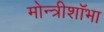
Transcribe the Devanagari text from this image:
मोन्त्रीशाॅभा